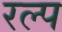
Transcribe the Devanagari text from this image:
रल्प